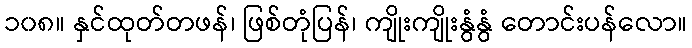
၁၀၈။ နှင်ထုတ်တဖန်၊ ဖြစ်တုံပြန်၊ ကျိုးကျိုးနွံနွံ တောင်းပန်လော။